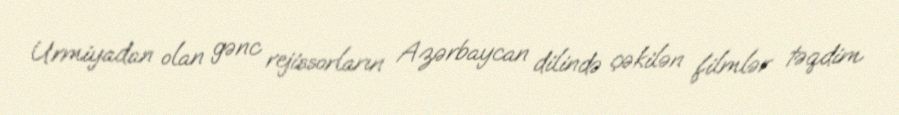
Urmiyadan olan gənc rejissorların Azərbaycan dilində çəkilən filmlər təqdim